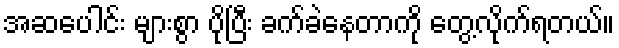
အဆပေါင်း များစွာ ပိုပြီး ခက်ခဲနေတာကို တွေ့လိုက်ရတယ်။